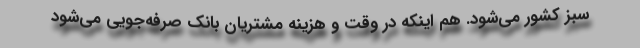
سبز کشور می‌شود. هم اینکه در وقت و هزینه مشتریان بانک صرفه‌جویی می‌شود